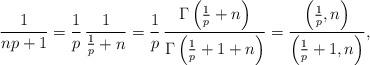
LaTeX: \begin{align*} \frac1{np+1} = \frac1p\, \frac1{\frac1p+n} = \frac1p\, \frac{\Gamma\left(\frac1p+n\right)}{\Gamma\left(\frac1p+1+n\right)} = \frac{\left(\frac1p,n\right)}{\left(\frac1p+1,n\right)}, \end{align*}